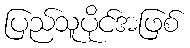
ပြည်သူပိုင်အဖြစ်